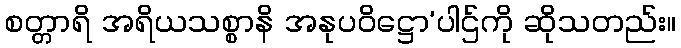
စတ္တာရိ အရိယသစ္စာနိ အနုပဝိဋ္ဌော’ပါဌ်ကို ဆိုသတည်း။